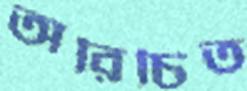
অরিচিত